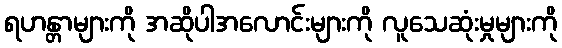
ရဟန္တာများကို အဆိုပါအလောင်းများကို လူသေဆုံးမှုများကို